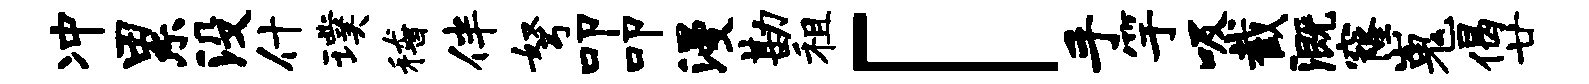
冲累没什璞稽伴弩叩叩漫勘租「手竽吸截溉窿嵬偈廿